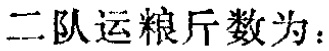
二队运粮斤数为：